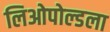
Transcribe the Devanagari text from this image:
लिओपोल्डला